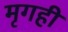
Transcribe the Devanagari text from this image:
मृगही